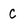
Character: C